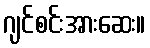
ဂျင်စင်းအားဆေး။